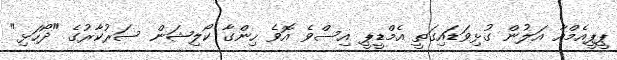
ޕީޕީއެމްއާ އަލުން ގުޅިވަޑައިގަތީ އެމްޑީޕީ އިސްވެ އޮވެ ހިންގާ ކޯލިޝަން ސަރުކާރުގެ "ދޯހަޅި"